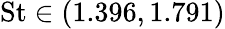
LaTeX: \textrm{St}\in(1.396,1.791)